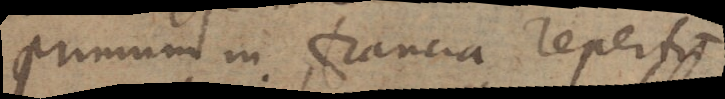
primum in Francia repertum